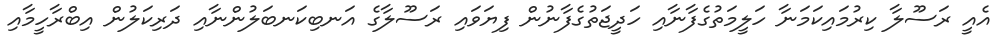
އެއީ ރަސޫލާ ކިރުމައިކަމަނާ ހަލީމަތުގެފާނާއި ހަދީޖަތުގެފާނުން ފިޔަވައި ރަސޫލާގެ އަނބިކަނބަލުންނާއި ދަރިކަލުން އިބްރާހީމާއި